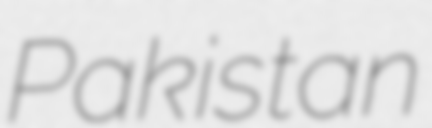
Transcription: Pakistan